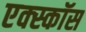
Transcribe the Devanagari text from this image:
एक्स्कॉस